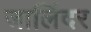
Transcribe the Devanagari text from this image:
जालिंदर